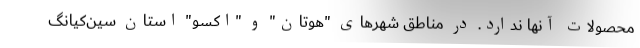
محصولات آنها ندارد. در مناطق شهرهای "هوتان" و "اکسو" استان سین‌کیانگ